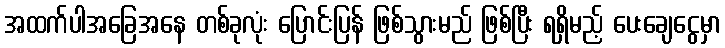
အထက်ပါအခြေအနေ တစ်ခုလုံး ပြောင်းပြန် ဖြစ်သွားမည် ဖြစ်ပြီး ရရှိမည့် ပေးချေငွေမှာ